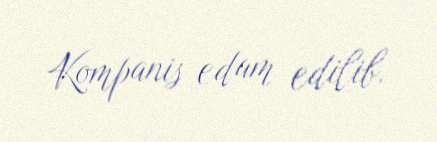
Kompanis edam edilib.